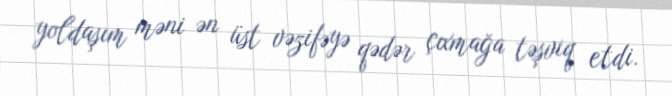
yoldaşım məni ən üst vəzifəyə qədər çıxmağa təşviq etdi.